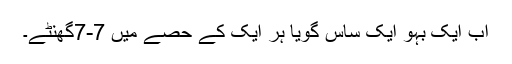
اب ایک بہو ایک ساس گویا ہر ایک کے حصے میں 7-7گھنٹے۔